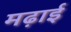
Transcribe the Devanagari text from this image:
मढ़ाई